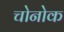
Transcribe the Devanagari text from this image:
चोनोक